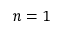
n = 1